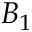
B _ { 1 }